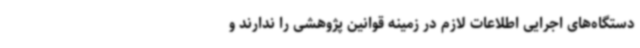
دستگاه‌های اجرایی اطلاعات لازم در زمینه قوانین پژوهشی را ندارند و